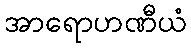
အာရောဟဏီယံ